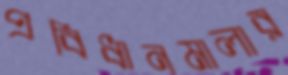
প্রবিধানমালার